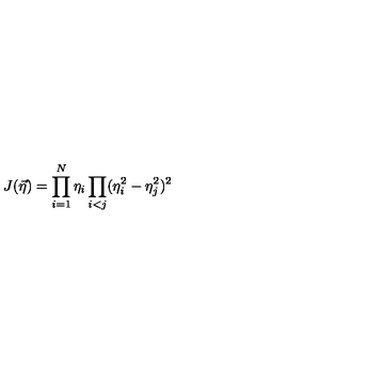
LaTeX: J ( \vec { \eta } ) = \prod _ { i = 1 } ^ { N } \eta _ { i } \prod _ { i < j } ( \eta _ { i } ^ { 2 } - \eta _ { j } ^ { 2 } ) ^ { 2 }